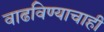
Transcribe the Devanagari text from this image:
वाढविण्याचाही